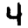
Digit: 4